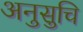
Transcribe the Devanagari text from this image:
अनुसुचि